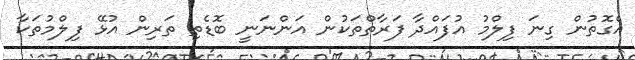
އެގޮތުން ގިނަ ފިލްމު އުފައްދާ ފަރާތްތަކުން އަންނަނީ ބޮޑެތި ތަރިން އުޅޭ ފިލްމުތަކާ